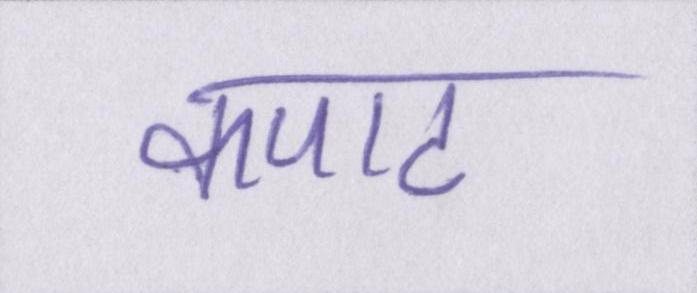
कपाट